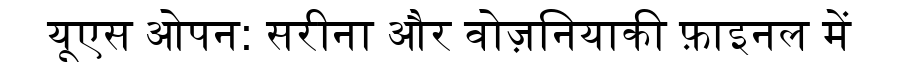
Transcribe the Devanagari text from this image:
यूएस ओपन: सरीना और वोज़नियाकी फ़ाइनल में